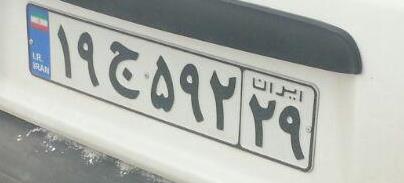
۱۹ج۵۹۲۲۹